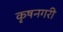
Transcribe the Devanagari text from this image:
कृषनगरी